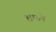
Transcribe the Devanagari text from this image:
शामने